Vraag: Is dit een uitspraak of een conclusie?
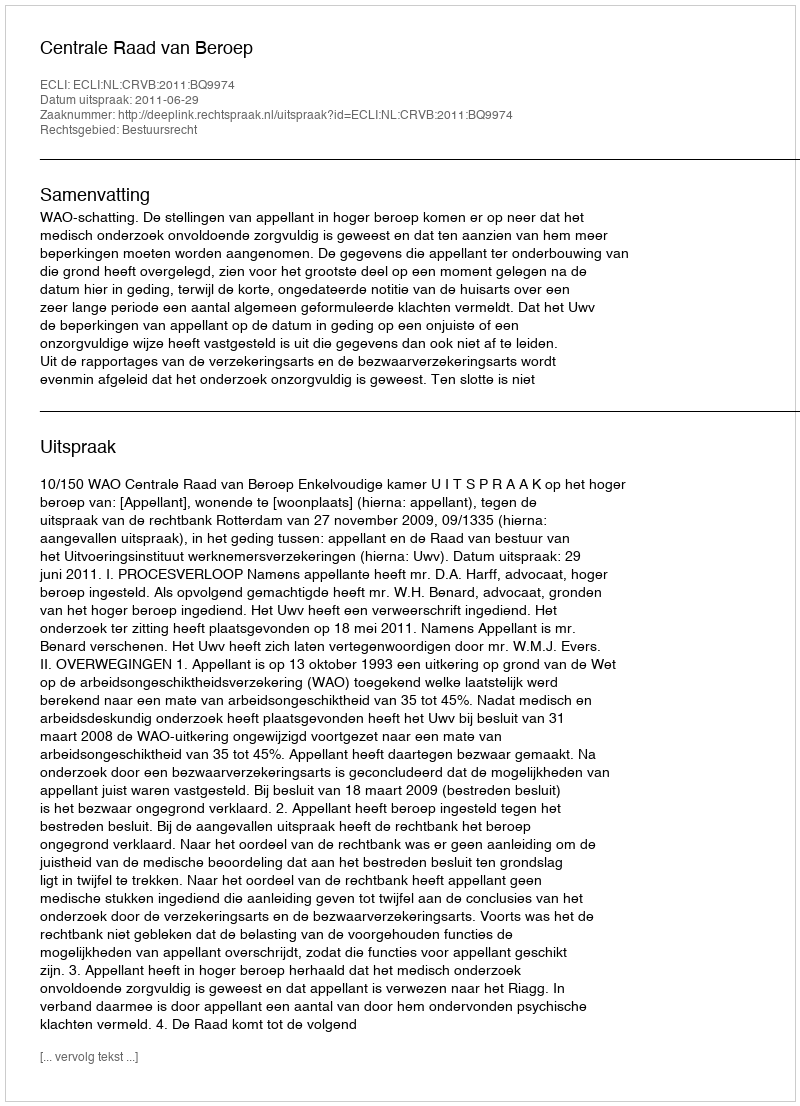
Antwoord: Uitspraak